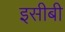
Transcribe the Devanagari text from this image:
इसीबी